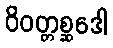
ဝိဝတ္တစ္ဆဒေါ